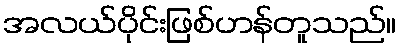
အလယ်ပိုင်းဖြစ်ဟန်တူသည်။